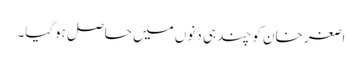
اصغر خان کو چند ہی دنوں میں حاصل ہوگیا۔